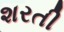
શરતી